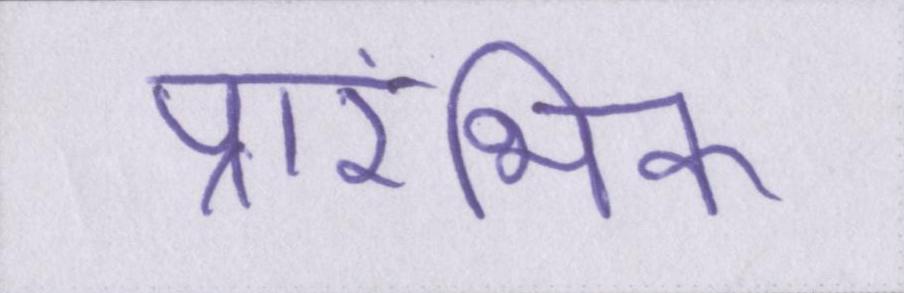
प्रारंभिक